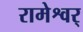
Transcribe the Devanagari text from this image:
रामेश्वर्